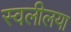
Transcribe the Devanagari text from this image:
स्वलीलया